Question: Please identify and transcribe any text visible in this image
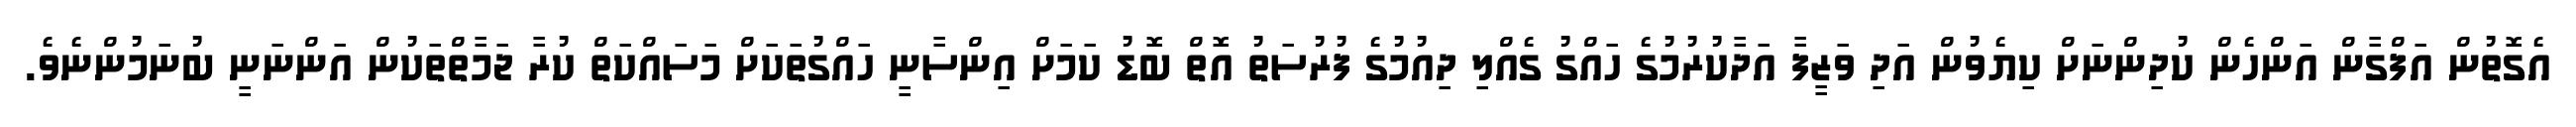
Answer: އެގޮތުން އަފްގާން އަންހެން ކުދިންނަށް ކިޔެވުން އަދި ވަޒީފާ އަދާކުރުމުގެ ހައްގު ގެއްލި ދިއުމުގެ ފުރުސަތު އޮތް ބޮޑު ކަމަށް އިންސާނީ ހައްގުތަކަށް މަސައްކަތް ކުރާ ޖަމާތްތަކުން އަންނަނީ ބުނަމުންނެވެ.